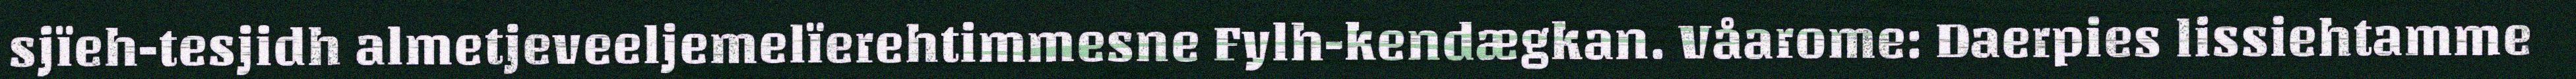
sjïeh-tesjidh almetjeveeljemelïerehtimmesne Fylh-kendægkan. Våarome: Daerpies lissiehtamme